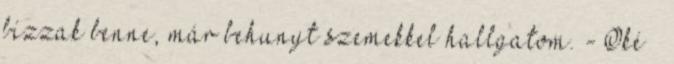
bízzak benne, már behunyt szemekkel hallgatom. - Oké –